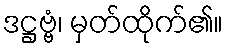
ဒဋ္ဌဗ္ဗံ၊ မှတ်ထိုက်၏။